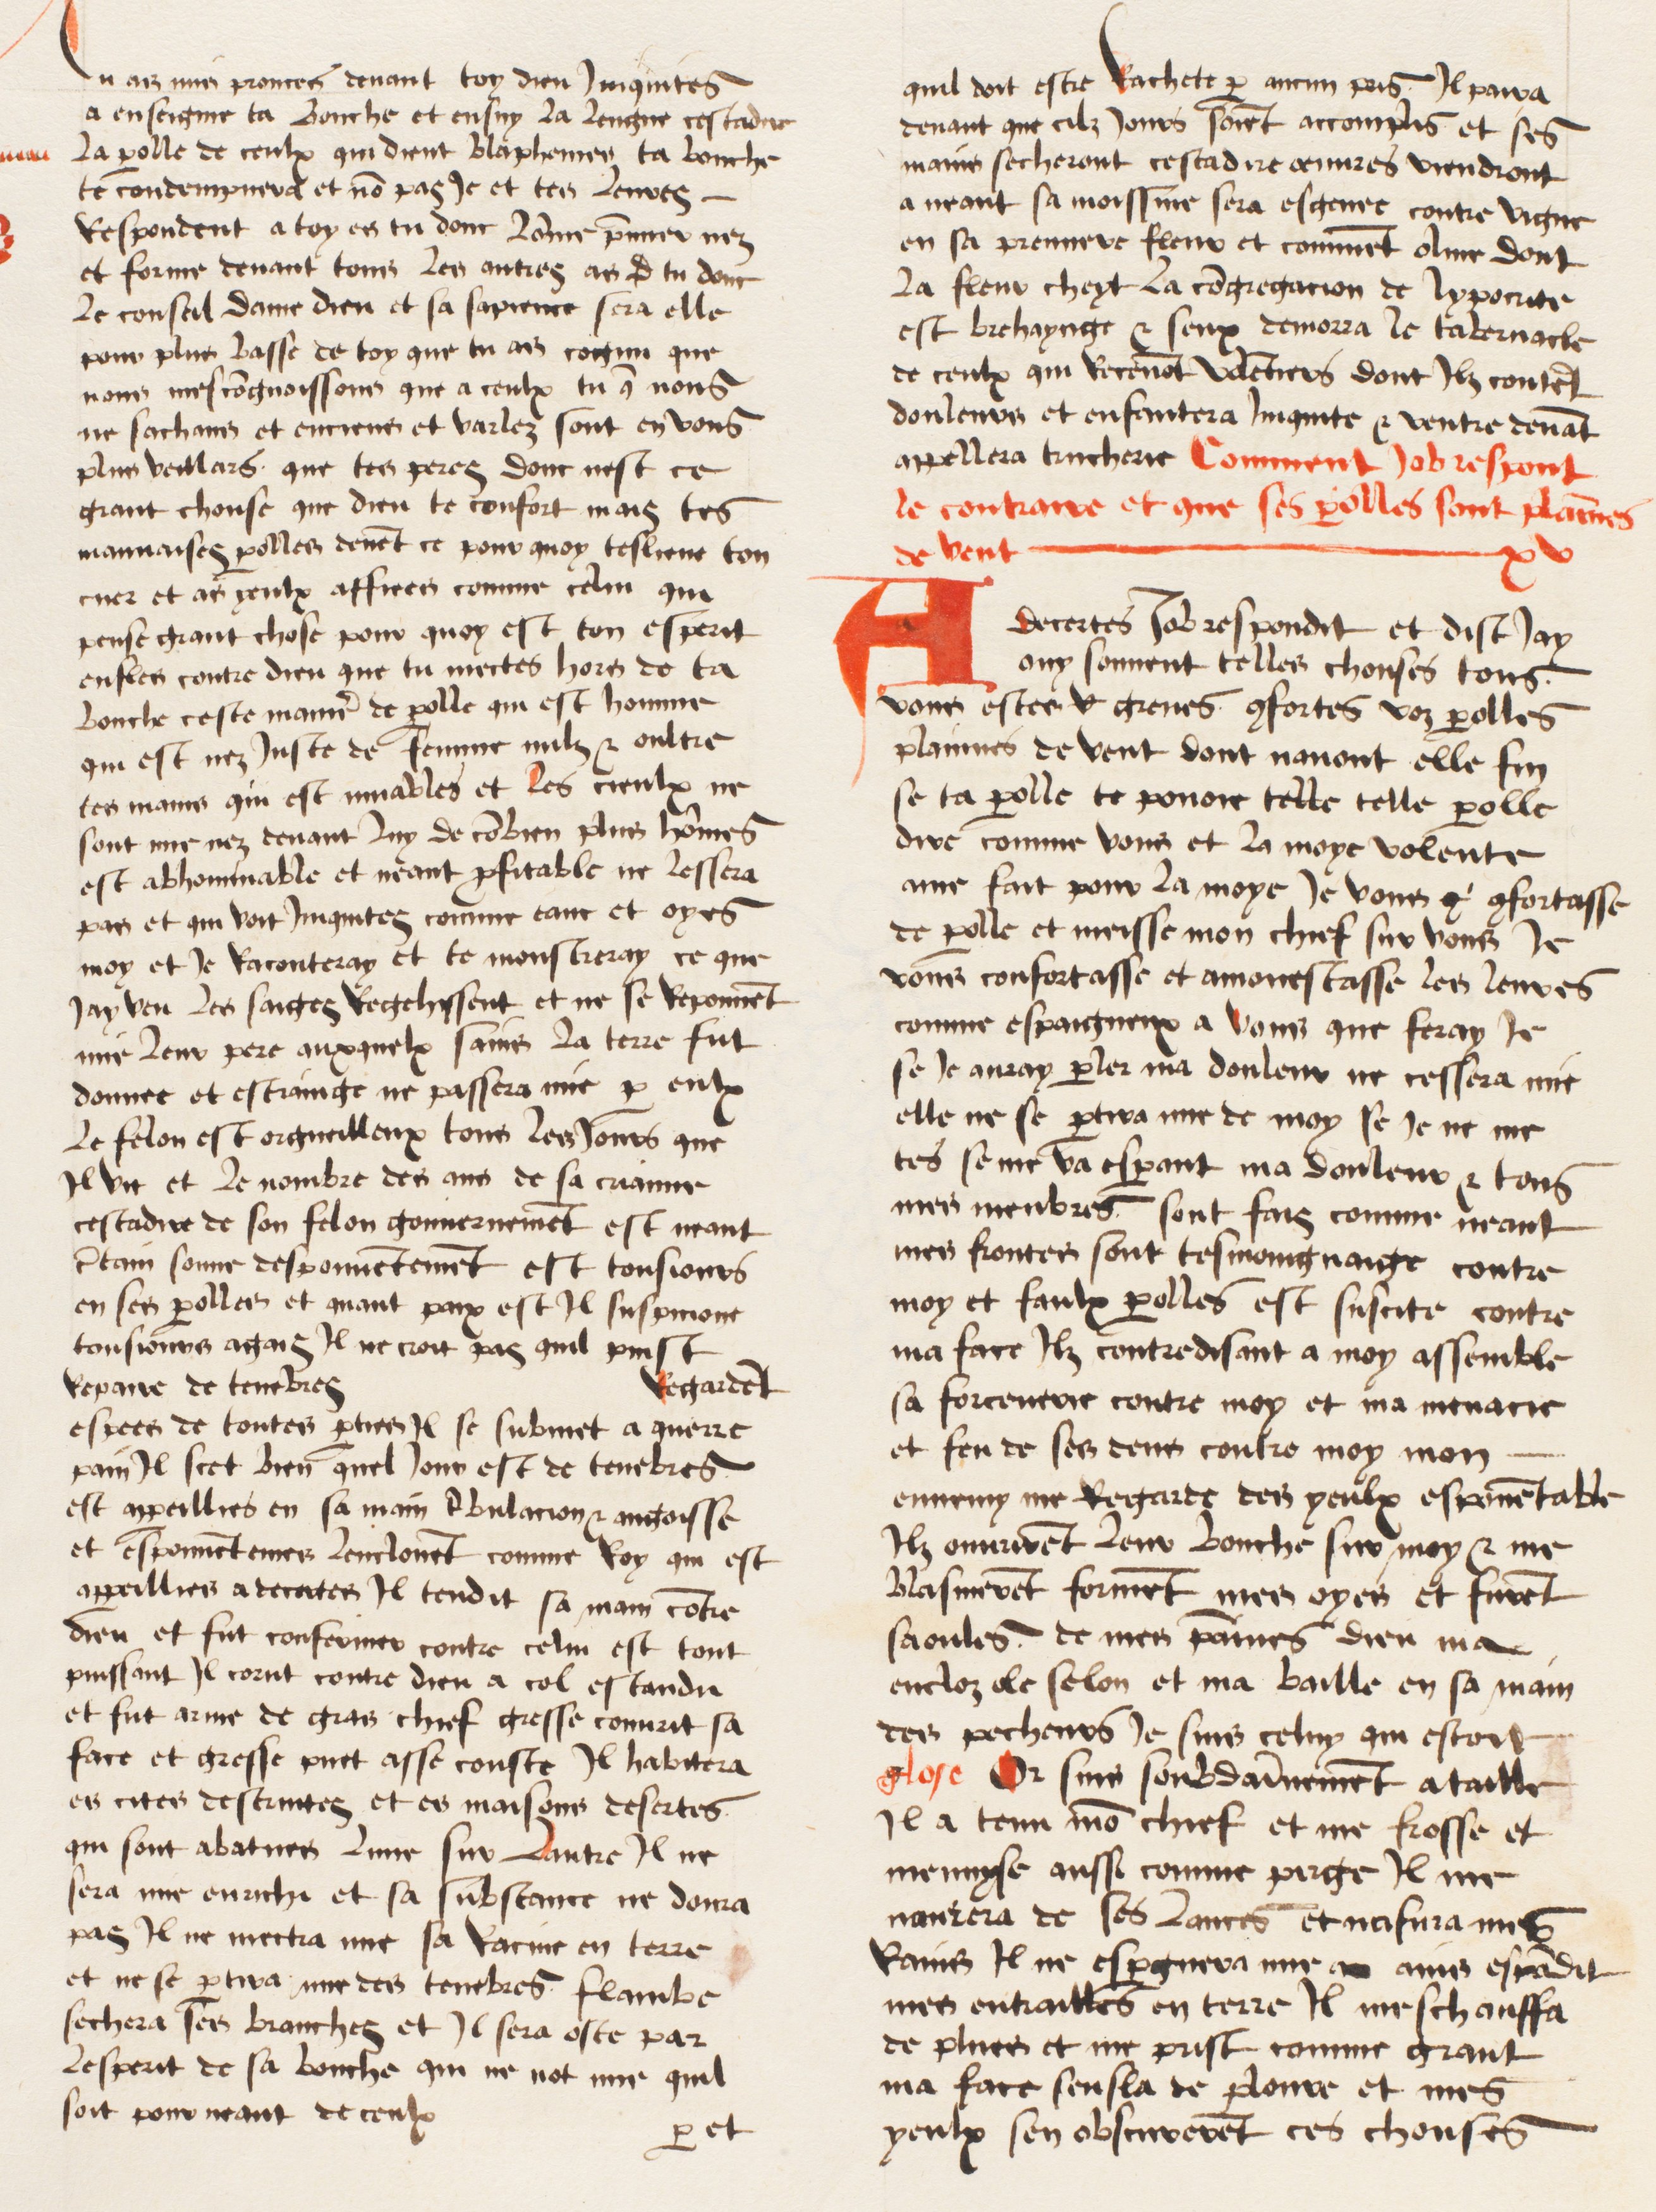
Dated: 1474–1474